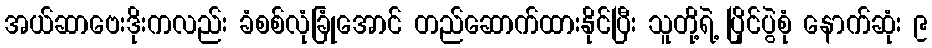
အယ်ဆာဗေးဒိုးကလည်း ခံစစ်လုံခြုံအောင် တည်ဆောက်ထားနိုင်ပြီး သူတို့ရဲ့ ပြိုင်ပွဲစုံ နောက်ဆုံး ၉